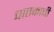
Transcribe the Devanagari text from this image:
चातकाची